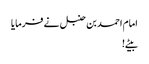
امام احمد بن حنبل نے فرمایا
بیٹے !